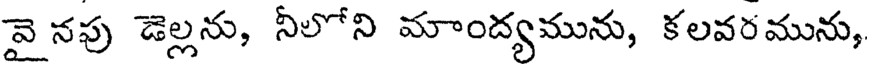
వై నపు డెల్లను, నీలోని మాంద్యమును, కలవరమును,